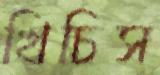
খিচিস